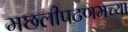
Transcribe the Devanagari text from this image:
मछलीपटणमच्या